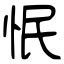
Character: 怋